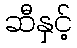
ဆီနှင့်